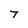
Character: 7